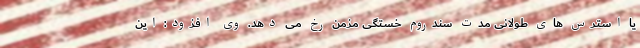
یا استرس های طولانی مدت سندروم خستگی مزمن رخ می دهد. وی افزود: این